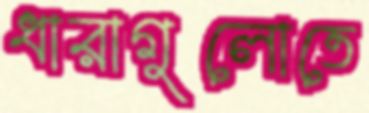
ধারাগুলোতে